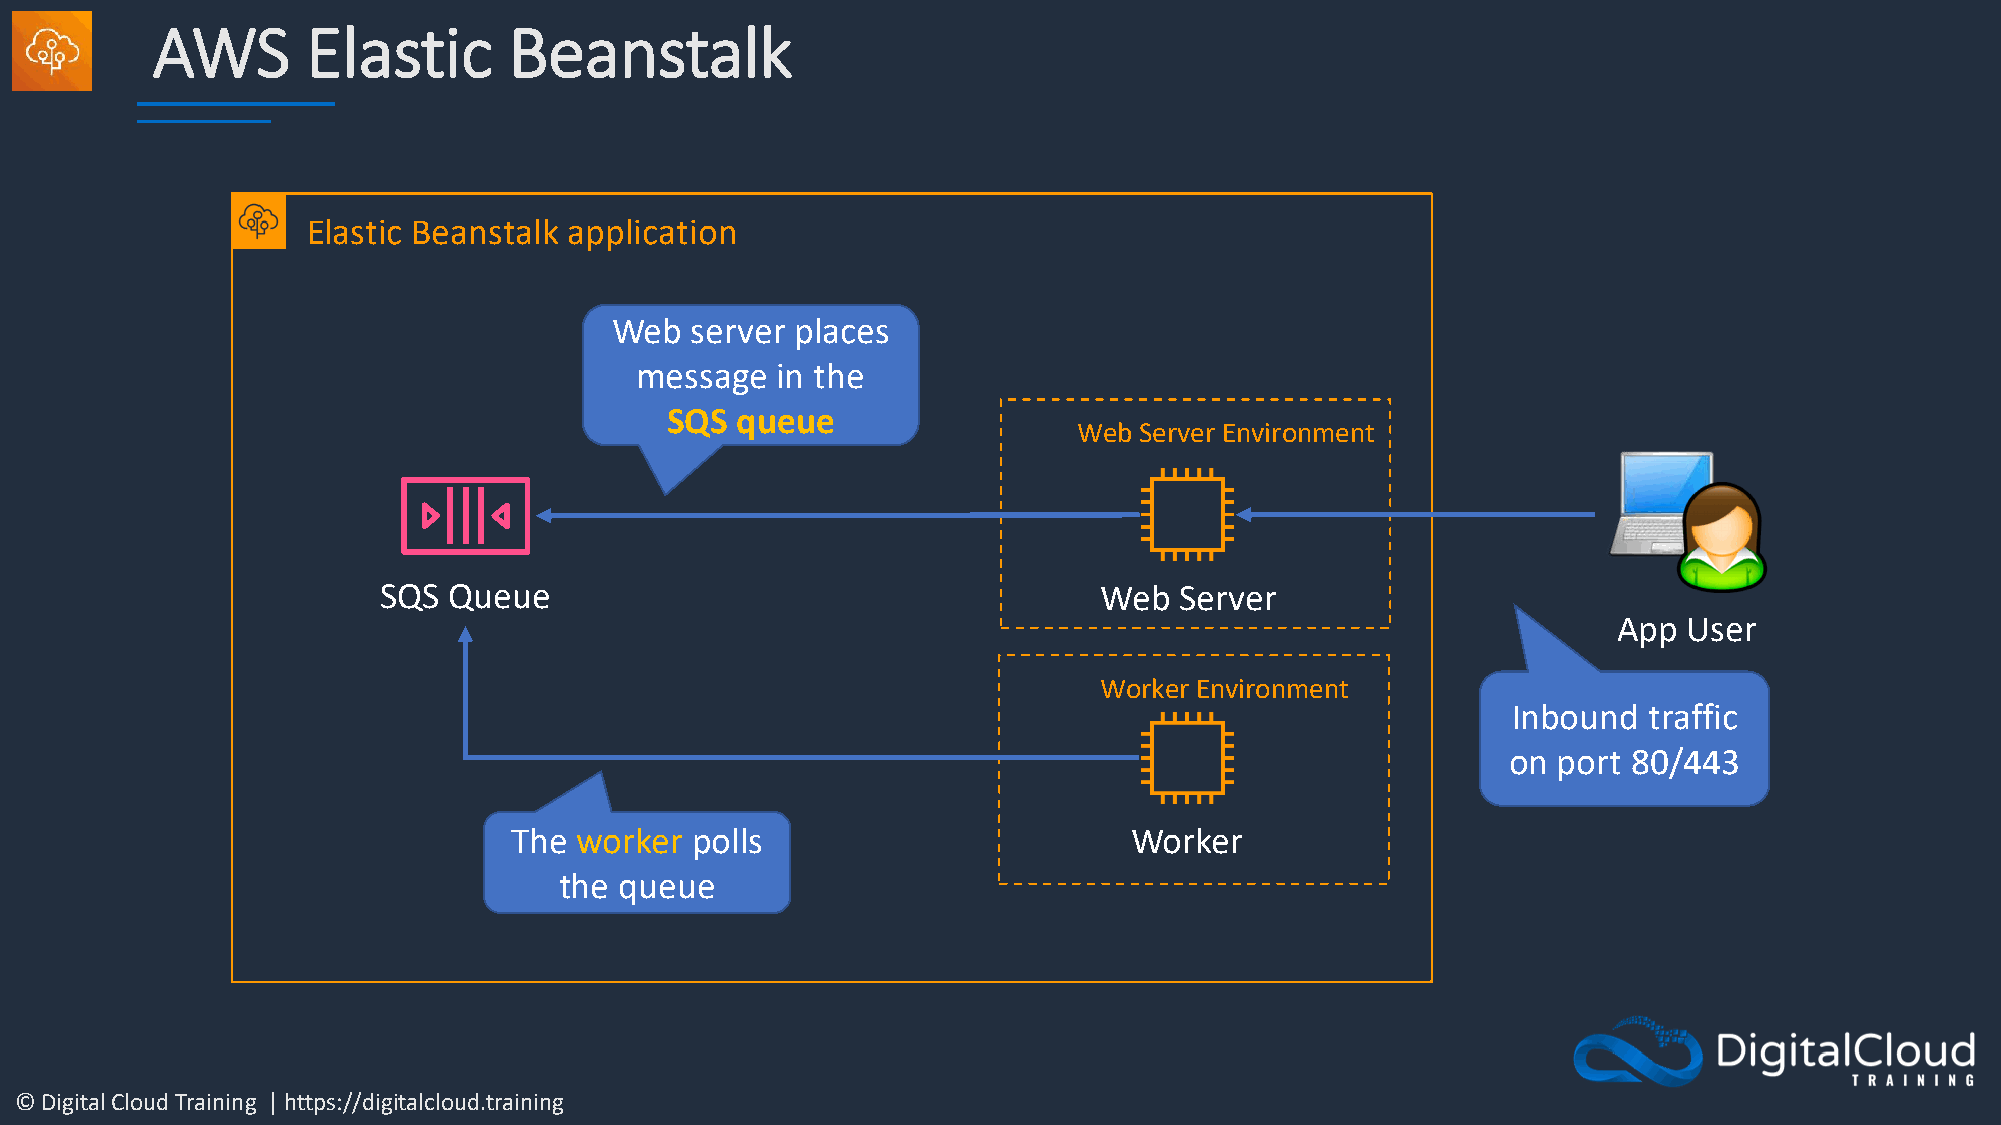
AWS       Elastic       Beanstalk
 Elastic Beanstalk application
 Web   server places
 message  in the
 SQS  queue
 Web Server Environment
 SQS  Queue                                      Web  Server
 App  User
 Worker Environment
 Inbound  traffic
 on port 80/443
 The worker  polls                        Worker
 the queue
 © Digital Cloud Training | https://digitalcloud.training